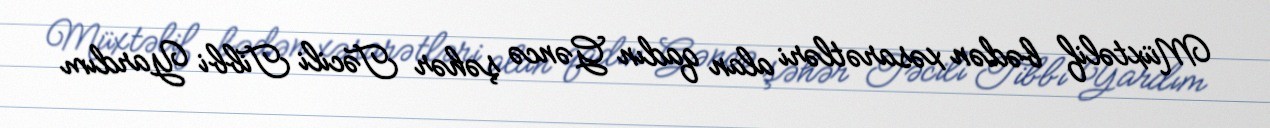
Müxtəlif bədən xəsarətləri alan qadın Gəncə şəhər Təcili Tibbi Yardım